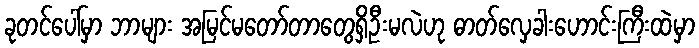
ခုတင်ပေါ်မှာ ဘာများ အမြင်မတော်တာတွေရှိဦးမလဲဟု ဓာတ်လှေခါးဟောင်းကြီးထဲမှာ